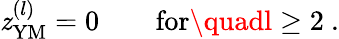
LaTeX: \mathit{z}_{\mathrm{{YM}}}^{(l)}=0\qquad\mathrm{{for}}\quadl\geq2\ .